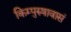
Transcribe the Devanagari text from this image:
किम्पुरुषावासं